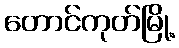
တောင်ကုတ်မြို့